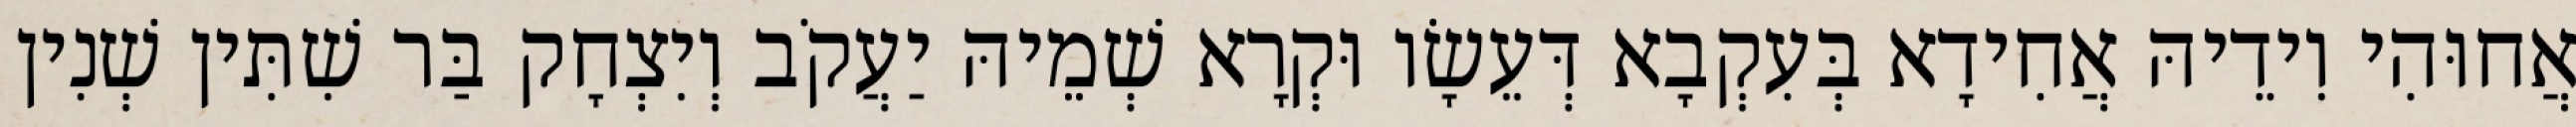
אֲחוּהִי וִידֵיהּ אֲחִידָא בְּעִקְבָא דְּעֵשָׂו וּקְרָא שְׁמֵיהּ יַעֲקֹב וְיִצְחָק בַּר שִׁתִּין שְׁנִין